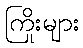
ကြိုးများ